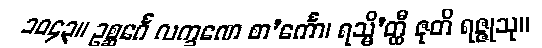
၁၀၄၃။ ဥစ္ဆင်္ဂေ လက္ခဏေ စာ’င်္ကော၊ ရသ္မိ’တ္ထီ ဇုတိ ရဇ္ဇုသု။